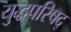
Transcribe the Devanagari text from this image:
युद्धपरिषद्